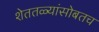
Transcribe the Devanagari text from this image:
शेततळ्यांसोबतच